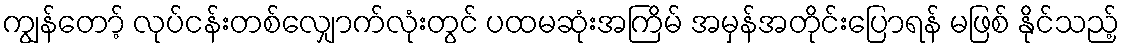
ကျွန်တော့် လုပ်ငန်းတစ်လျှောက်လုံးတွင် ပထမဆုံးအကြိမ် အမှန်အတိုင်းပြောရန် မဖြစ် နိုင်သည့်